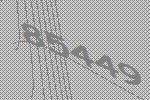
85449